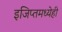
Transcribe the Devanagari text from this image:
इजिप्तमध्येही